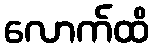
လောက်ထိ